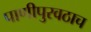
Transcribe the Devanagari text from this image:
पाणीपुरवठाच